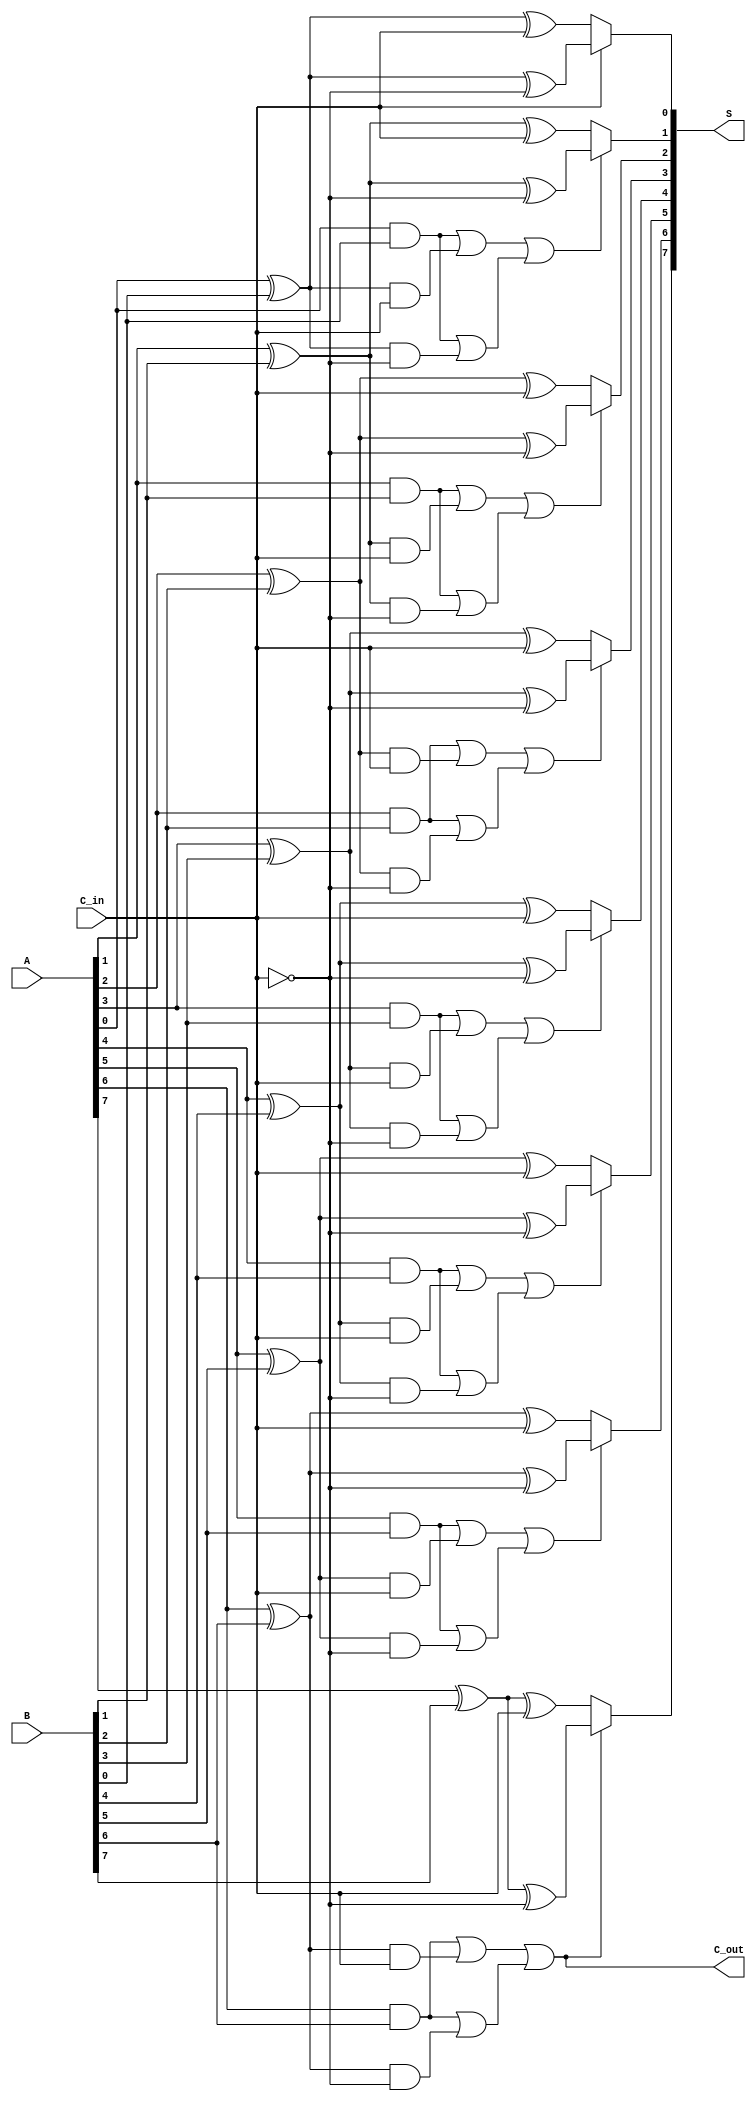
module conditional_sum_adder #(parameter WIDTH = 8) (
    input  wire [WIDTH-1:0] A,      // Input A
    input  wire [WIDTH-1:0] B,      // Input B
    input  wire C_in,                // Carry-in
    output wire [WIDTH-1:0] S,       // Sum output
    output wire C_out                // Carry-out
);

    wire [WIDTH-1:0] S0, S1;         // Preliminary sum outputs
    wire [WIDTH-1:0] C_out_0, C_out_1; // Carry-out for both cases
    wire [WIDTH-1:0] carry;           // Carry signals for propagation

    generate
        genvar i;
        for (i = 0; i < WIDTH; i = i + 1) begin : CSA_BITSLICE
            // Preliminary sum calculation for carry-in = 0 and carry-in = 1
            assign S0[i] = A[i] ^ B[i] ^ C_in;                      // S when C_in = 0
            assign S1[i] = A[i] ^ B[i] ^ (C_in ^ 1'b1);            // S when C_in = 1

            // Carry generation
            assign C_out_0[i] = (A[i] & B[i]) | ((A[i] ^ B[i]) & C_in);                   // Carry-out when C_in = 0
            assign C_out_1[i] = (A[i] & B[i]) | ((A[i] ^ B[i]) & (C_in ^ 1'b1));         // Carry-out when C_in = 1
            
            // Propagate the carry for the next bit
            if (i > 0) begin
                assign carry[i] = C_out_0[i-1] | C_out_1[i-1]; // Carry from previous bit slice
            end else begin
                assign carry[i] = C_in; // For the least significant bit
            end
        end
    endgenerate

    // Final carry selection and output selection
    assign C_out = carry[WIDTH-1];

    // Select the final sum based on the calculated carry state
    generate
        for (i = 0; i < WIDTH; i = i + 1) begin : MUX_OUTPUT
            assign S[i] = carry[i] ? S1[i] : S0[i];
        end
    endgenerate

endmodule